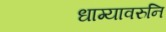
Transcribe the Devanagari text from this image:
धाग्यावरुनि